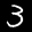
Label: 3